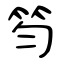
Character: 笉